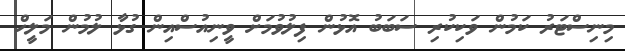
މިނިސްޓަރު ކަމުން ވަކިކުރި ސަބަބު އޮޅުން ފިލުވުމަށް ވީނިއުސްއިން ގުޅާ ލުމުން މަލީހް